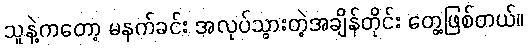
သူနဲ့ကတော့ မနက်ခင်း အလုပ်သွားတဲ့အချိန်တိုင်း တွေ့ဖြစ်တယ်။